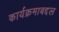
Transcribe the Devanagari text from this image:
कार्यक्रमाबद्दल